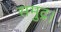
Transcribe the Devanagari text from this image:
समुद्र।